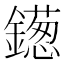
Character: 𫓑